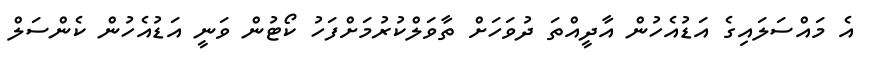
އެ މައްސަލައިގެ އަޑުއެހުން އާދީއްތަ ދުވަހަށް ތާވަލްކުރުމަށްފަހު ކޯޓުން ވަނީ އަޑުއެހުން ކެންސަލް